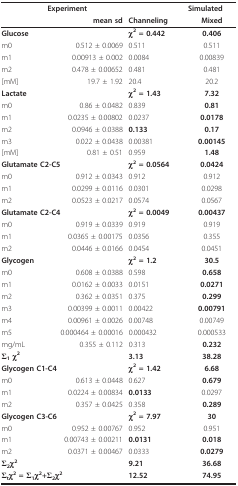
<table><thead><tr><td></td><td colspan="2"><b>Experiment</b></td><td><b>Simulated</b></td></tr><tr><td></td><td><b>mean sd</b></td><td><b>Channeling</b></td><td><b>Mixed</b></td></tr></thead><tbody><tr><td><b>Glucose</b></td><td></td><td><b>χ<sup>2</sup> = 0.442</b></td><td><b>0.406</b></td></tr><tr><td>m0</td><td>0.512 ± 0.0069</td><td>0.511</td><td>0.511</td></tr><tr><td>m1</td><td>0.00913 ± 0.002</td><td>0.0084</td><td>0.00839</td></tr><tr><td>m2</td><td>0.478 ± 0.00652</td><td>0.481</td><td>0.481</td></tr><tr><td>[mM]</td><td>19.7 ± 1.92</td><td>20.4</td><td>20.2</td></tr><tr><td colspan="2"><b>Lactate</b></td><td><b>χ<sup>2</sup> = 1.43</b></td><td><b>7.32</b></td></tr><tr><td>m0</td><td>0.86 ± 0.0482</td><td>0.839</td><td><b>0.81</b></td></tr><tr><td>m1</td><td>0.0235 ± 0.00802</td><td>0.0237</td><td><b>0.0178</b></td></tr><tr><td>m2</td><td>0.0946 ± 0.0388</td><td><b>0.133</b></td><td><b>0.17</b></td></tr><tr><td>m3</td><td>0.022 ± 0.0438</td><td>0.00381</td><td><b>0.00145</b></td></tr><tr><td>[mM]</td><td>0.81 ± 0.51</td><td>0.959</td><td><b>1.48</b></td></tr><tr><td colspan="2"><b>Glutamate C2-C5</b></td><td><b>χ<sup>2</sup> = 0.0564</b></td><td><b>0.0424</b></td></tr><tr><td>m0</td><td>0.912 ± 0.0343</td><td>0.912</td><td>0.912</td></tr><tr><td>m1</td><td>0.0299 ± 0.0116</td><td>0.0301</td><td>0.0298</td></tr><tr><td>m2</td><td>0.0523 ± 0.0217</td><td>0.0574</td><td>0.0567</td></tr><tr><td colspan="2"><b>Glutamate C2-C4</b></td><td><b>χ<sup>2</sup> = 0.0049</b></td><td><b>0.00437</b></td></tr><tr><td>m0</td><td>0.919 ± 0.0339</td><td>0.919</td><td>0.919</td></tr><tr><td>m1</td><td>0.0365 ± 0.00175</td><td>0.0356</td><td>0.355</td></tr><tr><td>m2</td><td>0.0446 ± 0.0166</td><td>0.0454</td><td>0.0451</td></tr><tr><td colspan="2"><b>Glycogen</b></td><td><b>χ<sup>2</sup> = 1.2</b></td><td><b>30.5</b></td></tr><tr><td>m0</td><td>0.608 ± 0.0388</td><td>0.598</td><td><b>0.658</b></td></tr><tr><td>m1</td><td>0.0162 ± 0.0033</td><td>0.0151</td><td><b>0.0271</b></td></tr><tr><td>m2</td><td>0.362 ± 0.0351</td><td>0.375</td><td><b>0.299</b></td></tr><tr><td>m3</td><td>0.00399 ± 0.0011</td><td>0.00422</td><td><b>0.00791</b></td></tr><tr><td>m4</td><td>0.00961 ± 0.0026</td><td>0.00748</td><td>0.00749</td></tr><tr><td>m5</td><td>0.000464 ± 0.00016</td><td>0.000432</td><td>0.000533</td></tr><tr><td>mg/mL</td><td>0.355 ± 0.112</td><td>0.313</td><td><b>0.232</b></td></tr><tr><td colspan="2"><b>Σ<sub>1</sub> χ<sup>2</sup></b></td><td><b>3.13</b></td><td><b>38.28</b></td></tr><tr><td colspan="2"><b>Glycogen C1-C4</b></td><td><b>χ<sup>2</sup> = 1.42</b></td><td><b>6.68</b></td></tr><tr><td>m0</td><td>0.613 ± 0.0448</td><td>0.627</td><td><b>0.679</b></td></tr><tr><td>m1</td><td>0.0224 ± 0.00834</td><td><b>0.0133</b></td><td>0.0297</td></tr><tr><td>m2</td><td>0.357 ± 0.0425</td><td>0.358</td><td><b>0.289</b></td></tr><tr><td colspan="2"><b>Glycogen C3-C6</b></td><td><b>χ<sup>2</sup> = 7.97</b></td><td><b>30</b></td></tr><tr><td>m0</td><td>0.952 ± 0.00767</td><td>0.952</td><td>0.951</td></tr><tr><td>m1</td><td>0.00743 ± 0.00211</td><td><b>0.0131</b></td><td><b>0.018</b></td></tr><tr><td>m2</td><td>0.0371 ± 0.00467</td><td>0.0333</td><td><b>0.0279</b></td></tr><tr><td colspan="2"><b>Σ<sub>2</sub>χ<sup>2</sup></b></td><td><b>9.21</b></td><td><b>36.68</b></td></tr><tr><td colspan="2"><b>Σ<sub>t</sub>χ<sup>2</sup> = Σ<sub>1</sub>χ<sup>2</sup>+Σ<sub>2</sub>χ<sup>2</sup></b></td><td><b>12.52</b></td><td><b>74.95</b></td></tr></tbody></table>